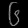
Digit: ၆